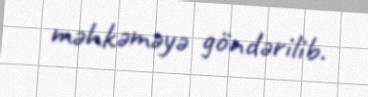
məhkəməyə göndərilib.